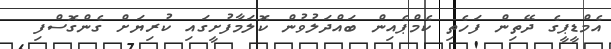
އެމްޑީޕީގެ ދޭތިން ފަހެތި ކެމްޕެއިން ބައްދަލުވުން ކޮލަމާފުށީގައި ކުރިޔަށް ގެންގޮސްފި